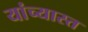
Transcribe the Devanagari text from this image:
यांच्यास्त